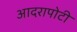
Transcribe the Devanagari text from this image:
आदरापोटी